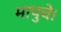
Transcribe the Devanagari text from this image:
मापुचे।